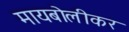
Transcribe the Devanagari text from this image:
मायबोलीकर